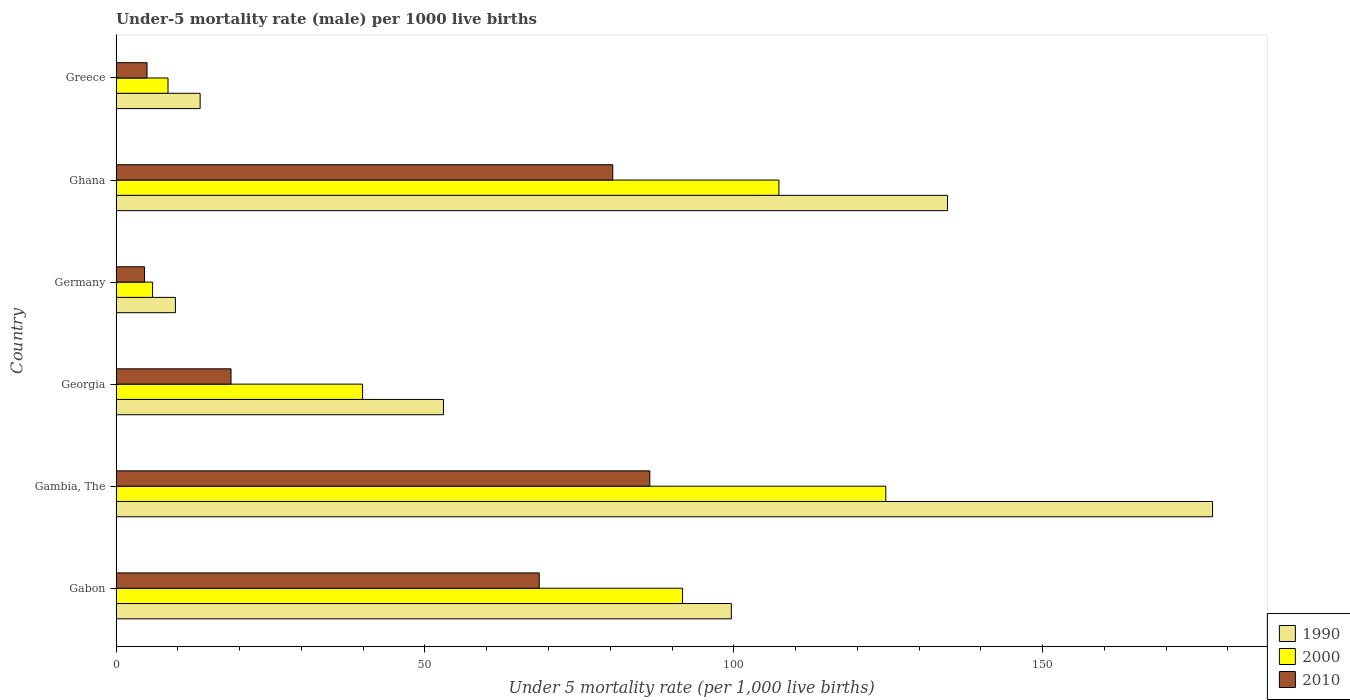
| Country | 1990 | 2000 | 2010 |
 | --- | --- | --- | --- |
 | Gabon | 99.6 | 91.7 | 68.5 |
 | Gambia, The | 178 | 125 | 86.4 |
 | Georgia | 53 | 39.9 | 18.6 |
 | Germany | 9.6 | 5.9 | 4.6 |
 | Ghana | 135 | 107 | 80.4 |
 | Greece | 13.6 | 8.4 | 5 |